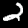
Digit: 2